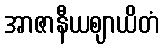
အာဇာနီယဈာယိတံ